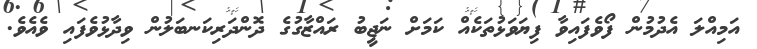
އަމިއްލަ އެދުމުން ފޯވެފައިވާ ފިޔަވަޅުތަކެއް ކަމަށް ނަޖީބު ރައްޒާގުގެ ދޮންދަރިކަނބަލުން ވިދާޅުވެފައި ވެއެވެ.